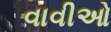
વાવીઓ